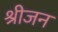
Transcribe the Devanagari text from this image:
श्रीजन